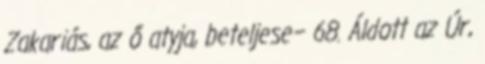
Zakariás, az ő atyja, beteljese− 68. Áldott az Úr,